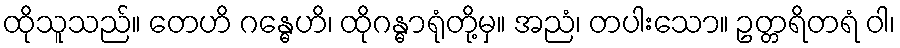
ထိုသူသည်။ တေဟိ ဂန္ဓေဟိ၊ ထိုဂန္ဓာရုံတို့မှ။ အညံ၊ တပါးသော။ ဥတ္တရိတရံ ဝါ၊